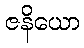
ဇနိယော